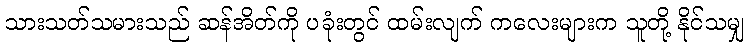
သားသတ်သမားသည် ဆန်အိတ်ကို ပခုံးတွင် ထမ်းလျက် ကလေးများက သူတို့ နိုင်သမျှ